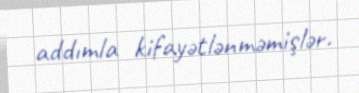
addımla kifayətlənməmişlər.